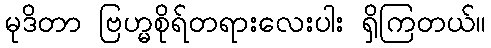
မုဒိတာ ဗြဟ္မစိုရ်တရားလေးပါး ရှိကြတယ်။